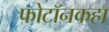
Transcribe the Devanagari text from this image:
फोटॉनकहा